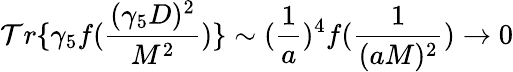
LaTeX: \mathcal{T}r\{ \gamma_{5}f(\frac{{(\gamma_{5}D)^{2}}}{{M^{2}}})\} \sim(\frac{{1}}{{a}})^{4}f(\frac{{1}}{{(aM)^{2}}})\rightarrow0